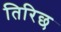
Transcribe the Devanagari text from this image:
तिरिछ